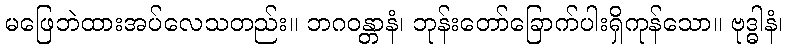
မဖြေဘဲထားအပ်လေသတည်း။ ဘဂဝန္တာနံ၊ ဘုန်းတော်ခြောက်ပါးရှိကုန်သော။ ဗုဒ္ဓါနံ၊